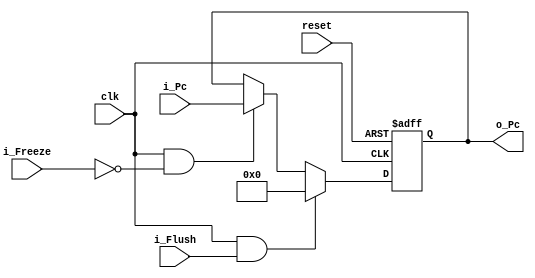
module wb_stage_reg (
    clk, 
    reset, 
    i_Flush, 
    i_Freeze,
    i_Pc, 
    o_Pc
    );


    parameter DATA_WIDTH = 32;

    input clk;
    input reset;
    input i_Flush;
    input i_Freeze;
    input [DATA_WIDTH - 1:0] i_Pc;

    output reg [DATA_WIDTH - 1:0] o_Pc;

    always @(posedge clk, posedge reset) begin

        if (reset) begin
            o_Pc <= 32'b0;
        end

        else if (clk && i_Flush) begin
            o_Pc <= 32'b0;
        end

        else if (clk && ~i_Freeze) begin
            o_Pc <= i_Pc;
        end 

        else begin
            o_Pc <= o_Pc;
        end
    end

endmodule